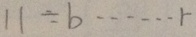
1 1 \div b \cdots r